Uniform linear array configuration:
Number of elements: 4
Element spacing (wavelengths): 0.75
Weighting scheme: cosine
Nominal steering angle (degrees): -60
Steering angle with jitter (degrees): -58.576
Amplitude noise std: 0.05
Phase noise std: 0.05

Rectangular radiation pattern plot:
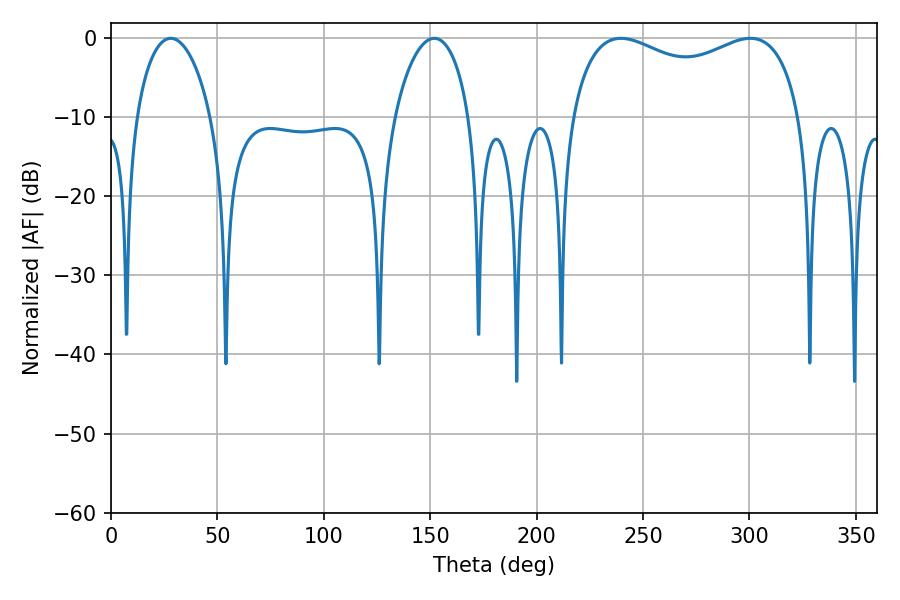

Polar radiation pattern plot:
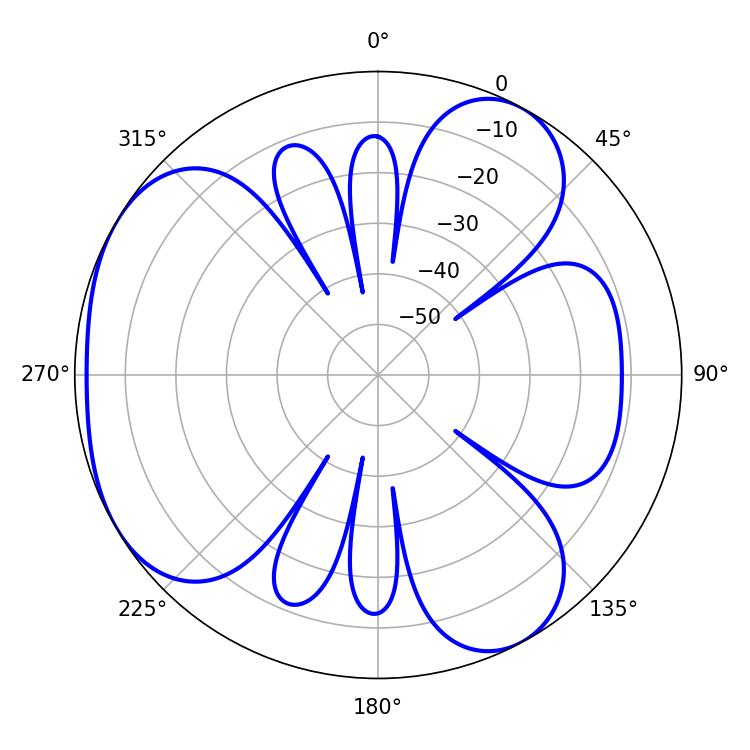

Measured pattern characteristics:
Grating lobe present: TRUE
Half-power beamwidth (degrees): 19.98
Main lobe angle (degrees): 28.08